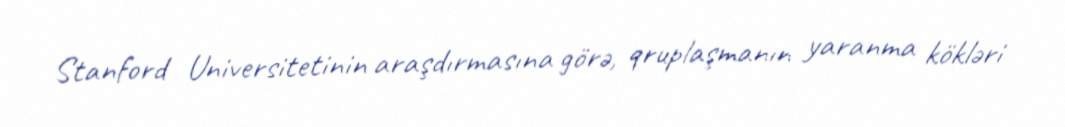
Stanford Universitetinin araşdırmasına görə, qruplaşmanın yaranma kökləri